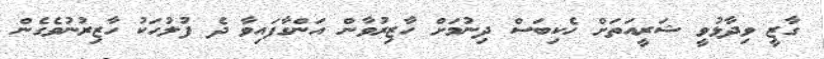
ގާޒީ ވިދާޅުވީ ޝަރީއަތަށް ހެކިބަސް ދިނުމަށް ހާޒިރުވާން އަންގާފައިވާ ދެ ފުލުހަކު ހާޒިރުނުވެގެން